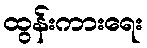
ထွန်းကားရေး